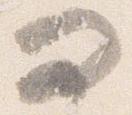
問